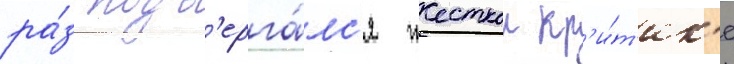
ра́з подв'ерга́лс'я жесткои кр'и́т'ик'е